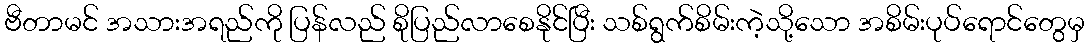
ဗီတာမင် အသားအရည်ကို ပြန်လည် စိုပြည်လာစေနိုင်ပြီး သစ်ရွက်စိမ်းကဲ့သို့သော အစိမ်းပုပ်ရောင်တွေမှ